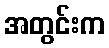
အတွင်းက